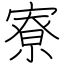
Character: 寮